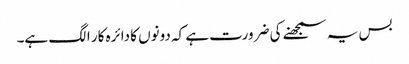
بس یہ سمجھنے کی ضرورت ہے کہ دونوں کا دائرہ کار الگ ہے۔